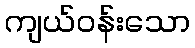
ကျယ်ဝန်းသော